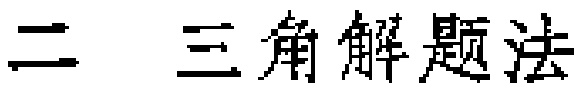
二 三角解题法